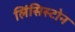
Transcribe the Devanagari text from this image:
लिंसिस्टोन